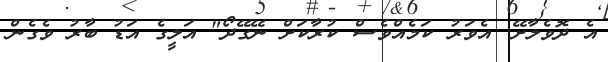
އެ ދޮވެލާށޭ. އެވަރު ކަމެއްވެސް ކުރާކަށް ނޭގޭދޯ" އަލީގެ އަޑު ބާރު ވެގެން